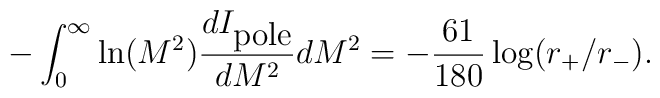
-\int_{0}^{\infty}\ln(M^{2}){dI_{\mbox{pole}}\over dM^{2}}dM^{2}=-{61\over 180}\log(r_{+}/r_{-}).